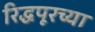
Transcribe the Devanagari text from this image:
रिद्धपूरच्या